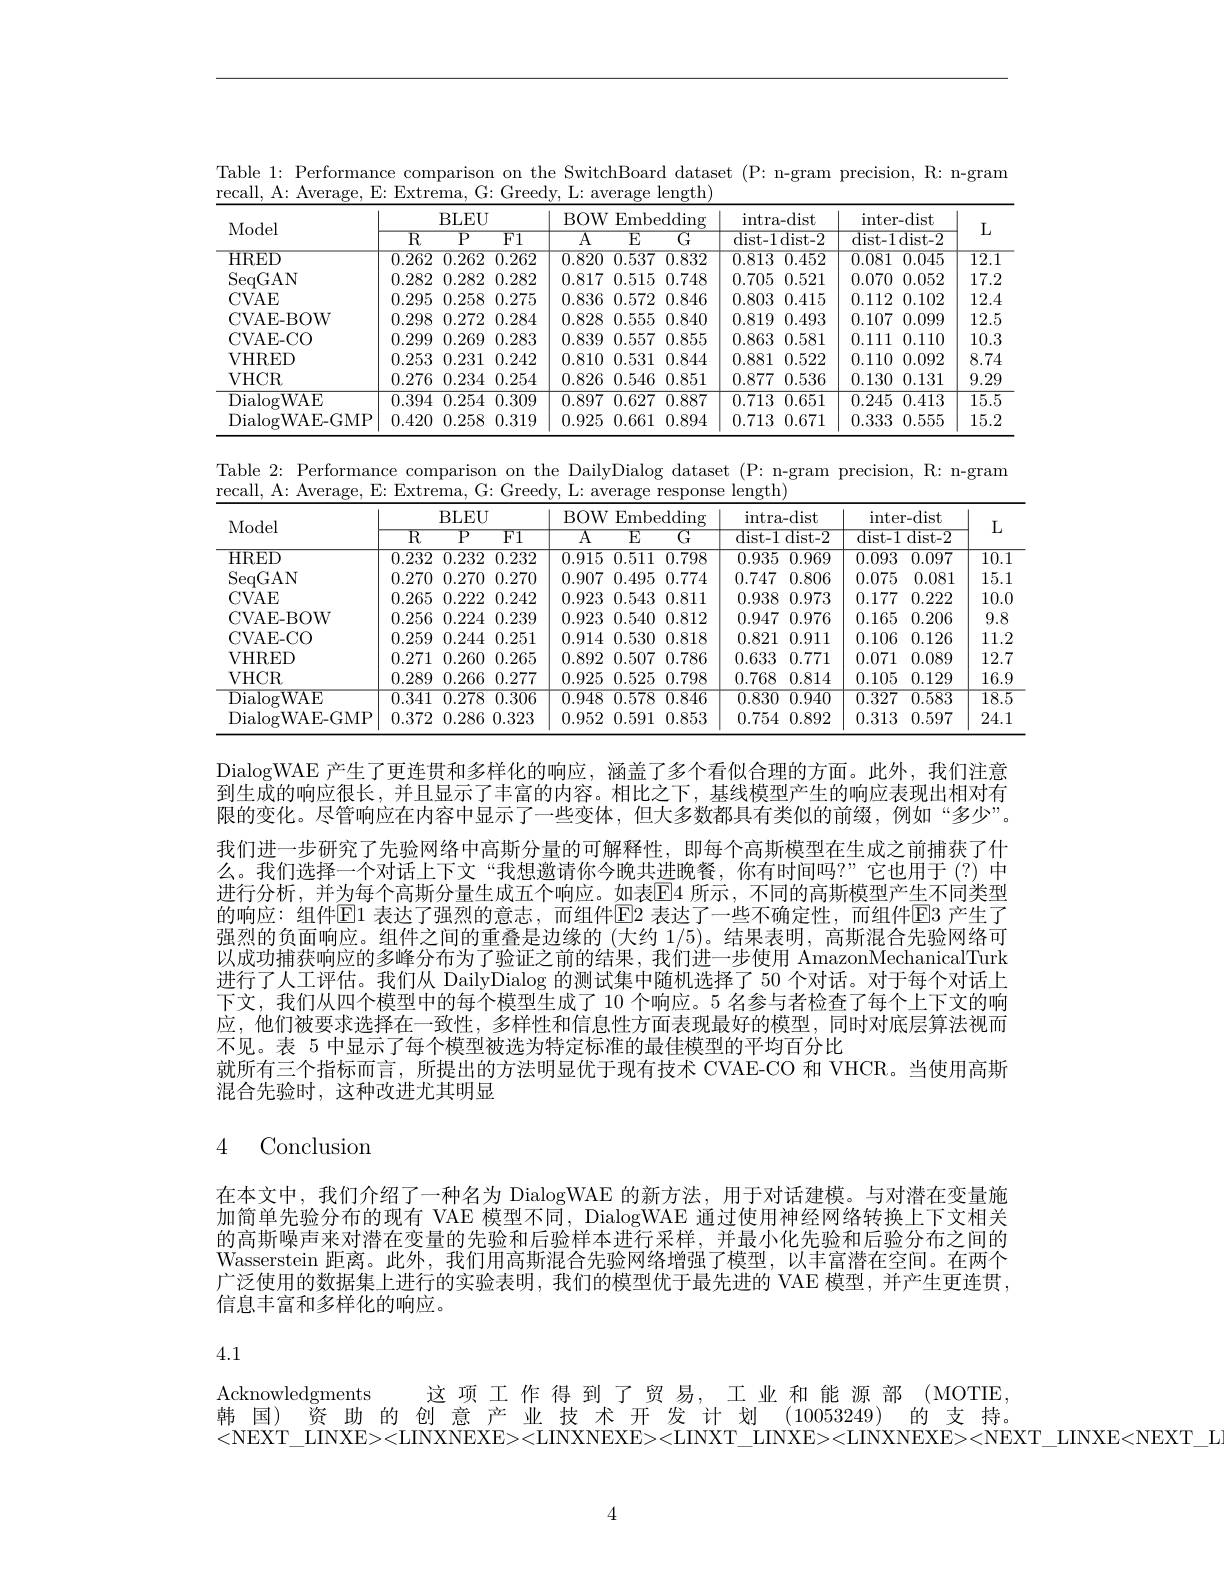
Table 1: Performance comparison on the SwitchBoard dataset (P: n-gram precision, R: n-gram
recall, A: Average, E: Extrema, G: Greedy, L: average length)
<table>
	<tbody>
		<tr>
			<th rowspan="2">Model</th>
			<th colspan="3">BLEU</th>
			<th colspan="3">BOW Embedding</th>
			<th>intra- dis</th>
			<th>$ir$</th>
			<th rowspan="2">inter- dist dist- 1 dist- 2</th>
			<th rowspan="2"></th>
		</tr>
		<tr>
			<th>$\overline{\mathrm{R}}$</th>
			<th>$\overline{\mathrm{P}}$</th>
			<th>${\overline{F1}}$</th>
			<th>$\overline{\mathrm{A}}$</th>
			<th>$\overline{\mathrm{E}}$</th>
			<th>$\overline{\mathrm{G}}$ 1 </th>
			<th>dist- 1 dist</th>
			<th>$\overline{2}$ $\overline{\mathrm{dis}}$</th>
		</tr>
		<tr>
			<td>HRED</td>
			<td>$\overline{0.262}$</td>
			<td>$\overline{0.262}$</td>
			<td>$\overline{0.262}$</td>
			<td>$\overline{0.820}$</td>
			<td>$\overline{0.537}$</td>
			<td>$\overline{0.832}$</td>
			<td>0.4 0.813</td>
			<td>$\overline{2}$ $\overline{0.0}$</td>
			<td>$\overline{081}$ 0.045</td>
			<td>$\overline{12.1}$</td>
		</tr>
		<tr>
			<td>SeqGAN</td>
			<td>0.282</td>
			<td>0.282</td>
			<td>0.282</td>
			<td>0.817</td>
			<td>0.515</td>
			<td>0.748</td>
			<td>0.5 0.705</td>
			<td>0.0 1</td>
			<td>070 0.052</td>
			<td>17.2</td>
		</tr>
		<tr>
			<td>CVAE</td>
			<td>0.295</td>
			<td>0.258</td>
			<td>0.275</td>
			<td>0.836</td>
			<td>0.572</td>
			<td>0.846</td>
			<td>0.4 0.803</td>
			<td>5 0.1</td>
			<td>112 0.102</td>
			<td>12.4</td>
		</tr>
		<tr>
			<td>CVAE-BOW</td>
			<td>0.298</td>
			<td>0.272</td>
			<td>0.284</td>
			<td>0.828</td>
			<td>0.555</td>
			<td>0.840</td>
			<td>0.4 0.819</td>
			<td>3 0.1</td>
			<td>107 0.099</td>
			<td>12.5</td>
		</tr>
		<tr>
			<td>CVAE- CO</td>
			<td>0.299</td>
			<td>0.269</td>
			<td>0.283</td>
			<td>0.839</td>
			<td>0.557</td>
			<td>0.855</td>
			<td>0.5 0.863</td>
			<td>1 0.1</td>
			<td>111 0.110</td>
			<td>10.3</td>
		</tr>
		<tr>
			<td>VHRED</td>
			<td>0.253</td>
			<td>0.231</td>
			<td>0.242</td>
			<td>0.810</td>
			<td>0.531</td>
			<td>0.844</td>
			<td>0.5 0.881</td>
			<td>2 0.1</td>
			<td>110 0.092</td>
			<td>8.74</td>
		</tr>
		<tr>
			<td>VHCR</td>
			<td>0.276</td>
			<td>0.234</td>
			<td>0.254</td>
			<td>0.826</td>
			<td>0.546</td>
			<td>0.851</td>
			<td>0.5 0.877</td>
			<td>6 0.1</td>
			<td>130 0.131</td>
			<td>9.29</td>
		</tr>
		<tr>
			<td>DialogWAE</td>
			<td>0.394</td>
			<td>0.254</td>
			<td>0.309</td>
			<td>0.897</td>
			<td>0.627</td>
			<td>0.887</td>
			<td>0.713 0.6</td>
			<td>1 $\overline{0.2}$</td>
			<td>245 0.413</td>
			<td>$\overline{15.5}$</td>
		</tr>
		<tr>
			<td>DialogWAE- GMP</td>
			<td>0.420</td>
			<td>0.258</td>
			<td>0.319</td>
			<td>0.925</td>
			<td>0.661</td>
			<td>0.894</td>
			<td>0.6 0.713</td>
			<td>1 0.3</td>
			<td>333 0.555</td>
			<td>15.2</td>
		</tr>
	</tbody>
</table>

Table 2: Performance comparison on the DailyDialog dataset (P: n-gram precision, R: n-gram
recall, A: Average, E: Extrema, G: Greedy, L: average response length)
<table>
	<tbody>
		<tr>
			<th rowspan="2">Model</th>
			<th colspan="3">BLEU</th>
			<th colspan="3">BOW Embedding</th>
			<th>intr</th>
			<th>$\operatorname{ra-dist}$</th>
			<th colspan="2">inter- dist</th>
			<th rowspan="2">$L$</th>
		</tr>
		<tr>
			<th>$\overline{\mathrm{R}}$</th>
			<th>$\overline{\mathrm{P}}$</th>
			<th>$\overline{{\mathrm{F}1}}$</th>
			<th>$\overline{\mathrm{A}}$</th>
			<th>$\overline{\mathrm{E}}$</th>
			<th>$\overline{G}$</th>
			<th>${\mathrm{dist-}}$</th>
			<th>1dist-2</th>
			<th>$\overline{\mathrm{dist-1}}$</th>
			<th>$\overline{\mathrm{dist-2}}$</th>
		</tr>
		<tr>
			<td>HRED</td>
			<td>0.232</td>
			<td>0.232</td>
			<td>0.232</td>
			<td>0.915</td>
			<td>0.511</td>
			<td>0.798</td>
			<td>0.93</td>
			<td>5 0.969</td>
			<td>0.093</td>
			<td>0.097</td>
			<td>$\overline{10.1}$</td>
		</tr>
		<tr>
			<td>SeqGAN</td>
			<td>0.270</td>
			<td>0.270</td>
			<td>0.270</td>
			<td>0.907</td>
			<td>0.495</td>
			<td>0.774</td>
			<td>0.74</td>
			<td>0.806 1</td>
			<td>0.075</td>
			<td>0.081</td>
			<td>15.1</td>
		</tr>
		<tr>
			<td>CVAE</td>
			<td>0.265</td>
			<td>0.222</td>
			<td>0.242</td>
			<td>0.923</td>
			<td>0.543</td>
			<td>0.811</td>
			<td>0.93</td>
			<td>8 0.973</td>
			<td>0.177</td>
			<td>0.222</td>
			<td>10.C</td>
		</tr>
		<tr>
			<td>CVAE- BOW</td>
			<td>0.256</td>
			<td>0.224</td>
			<td>0.239</td>
			<td>0.923</td>
			<td>0.540</td>
			<td>0.812</td>
			<td>0.94</td>
			<td>7 0.976</td>
			<td>0.165</td>
			<td>0.206</td>
			<td>9.8</td>
		</tr>
		<tr>
			<td>CVAE- CO</td>
			<td>0.259</td>
			<td>0.244</td>
			<td>0.251</td>
			<td>0.914</td>
			<td>0.530</td>
			<td>0.818</td>
			<td>0.82</td>
			<td>1 0.911</td>
			<td>0.106</td>
			<td>0.126</td>
			<td>11.2 </td>
		</tr>
		<tr>
			<td>VHRED</td>
			<td>0.271</td>
			<td>0.260</td>
			<td>0.265</td>
			<td>0.892</td>
			<td>0.507</td>
			<td>0.786</td>
			<td>0.63</td>
			<td>3 0.771</td>
			<td>0.071</td>
			<td>0.089</td>
			<td>12.7</td>
		</tr>
		<tr>
			<td>VHCR</td>
			<td>0.289</td>
			<td>0.266</td>
			<td>0.277</td>
			<td>0.925</td>
			<td>0.525</td>
			<td>0.798</td>
			<td>0.768</td>
			<td>0.814 $\times$</td>
			<td>0.105</td>
			<td>0.129</td>
			<td>16.9</td>
		</tr>
		<tr>
			<td>DialogWAE</td>
			<td>$\overline{0.341}$</td>
			<td>$\overline{0.278}$</td>
			<td>$\overline{0.306}$</td>
			<td>$\overline{0.948}$</td>
			<td>$\overline{0.578}$</td>
			<td>$\overline{0.846}$</td>
			<td>$\overline{0.83}$</td>
			<td>0 $\overline{0.940}$</td>
			<td>$\overline{0.327}$</td>
			<td>$\overline{0.583}$</td>
			<td>$\overline{18.5}$</td>
		</tr>
		<tr>
			<td>DialogWAE- GMP</td>
			<td>0.372</td>
			<td>0.286</td>
			<td>0.323</td>
			<td>0.952</td>
			<td>0.591</td>
			<td>0.853</td>
			<td>0.75</td>
			<td>4 0.892 、</td>
			<td>0.313</td>
			<td>0.597</td>
			<td>24.1</td>
		</tr>
	</tbody>
</table>

DialogWAE 产生了更连贯和多样化的响应，涵盖了多个看似合理的方面。此外，我们注意到生成的响应很长，并且显示了丰富的内容。相比之下，基线模型产生的响应表现出相对有限的变化。尽管响应在内容中显示了一些变体，但大多数都具有类似的前缀，例如“多少”。我们进一步研究了先验网络中高斯分量的可解释性，即每个高斯模型在生成之前捕获了什么。我们选择一个对话上下文“我想邀请你今晚共进晚餐，你有时间吗？”它也用于(?)中进行分析，并为每个高斯分量生成五个响应。如表$\mathbb{E}$4 所示，不同的高斯模型产生不同类型的响应：组件$\mathbb{E}1$ 表达了强烈的意志，而组件$\mathbb{E}$2 表达了一些不确定性，而组件$\mathbb{E}$3 产生了强烈的负面响应。组件之间的重叠是边缘的 (大约1/5)。结果表明，高斯混合先验网络可以成功捕获响应的多峰分布为了验证之前的结果，我们进一步使用 AmazonMechanicalTurk 进行了人工评估。我们从 DailyDialog 的测试集中随机选择了 50 个对话。对于每个对话上下文，我们从四个模型中的每个模型生成了 10 个响应。5 名参与者检查了每个上下文的响应，他们被要求选择在一致性，多样性和信息性方面表现最好的模型，同时对底层算法视而不见。表 5 中显示了每个模型被选为特定标准的最佳模型的平均百分比
就所有三个指标而言，所提出的方法明显优于现有技术 CVAE-CO 和 VHCR。当使用高斯
混合先验时，这种改进尤其明显

# 4 Conclusion

在本文中，我们介绍了一种名为 DialogWAE 的新方法，用于对话建模。与对潜在变量施加简单先验分布的现有 VAE 模型不同，DialogWAE 通过使用神经网络转换上下文相关的高斯噪声来对潜在变量的先验和后验样本进行采样，并最小化先验和后验分布之间的Wasserstein 距离。此外，我们用高斯混合先验网络增强了模型，以丰富潜在空间。在两个广泛使用的数据集上进行的实验表明，我们的模型优于最先进的 VAE 模型，并产生更连贯， 信息丰富和多样化的响应。

4.1

Acknowledgments

这项工作得到了贸易，工业和能源部(MOTIE.

韩国)资助的创意产业技术开发计划 (10053249)的支持。

<NEXT\_LINXE><LINXNEXE><LINXNEXE><LINXT\_LINXE><LINXNEXE><NEXT\_LINXE<NEXT\_L

4